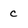
Character: c